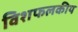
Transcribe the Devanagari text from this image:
विशफलकीय